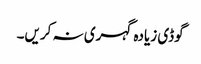
گوڈی زیادہ گہری نہ کریں۔